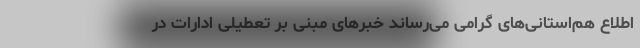
اطلاع هم‌استانی‌های گرامی می‌رساند خبرهای مبنی بر تعطیلی ادارات در